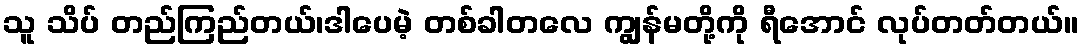
သူ သိပ် တည်ကြည်တယ်၊ဒါပေမဲ့ တစ်ခါတလေ ကျွန်မတို့ကို ရီအောင် လုပ်တတ်တယ်။